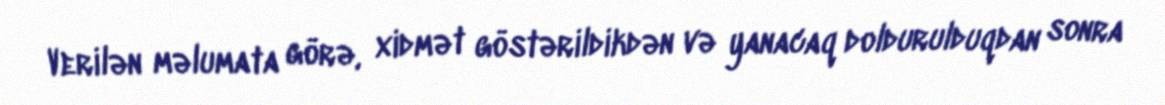
Verilən məlumata görə, xidmət göstərildikdən və yanacaq doldurulduqdan sonra